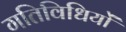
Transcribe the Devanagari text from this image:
गतिविधियों